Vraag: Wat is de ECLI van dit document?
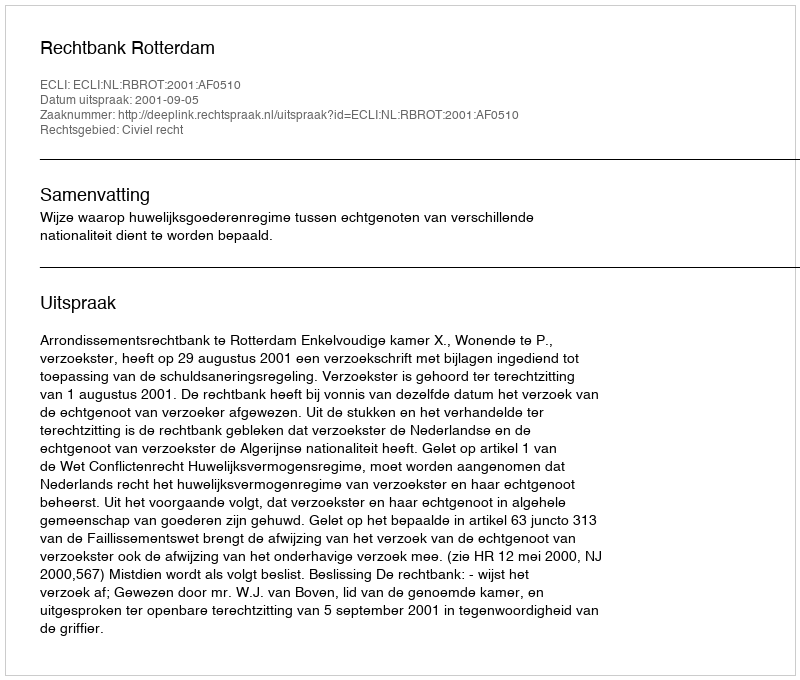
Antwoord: ECLI:NL:RBROT:2001:AF0510